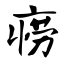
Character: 痨